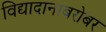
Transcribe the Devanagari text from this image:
विद्यादानाबरोबर